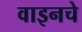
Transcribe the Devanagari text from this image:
वाइनचे